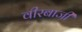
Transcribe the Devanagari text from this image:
वीरबाजी